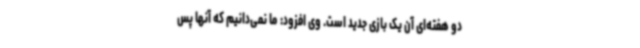
دو هفته‌ای آن یک بازی جدید است. وی افزود: ما نمی‌دانیم که آنها پس